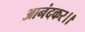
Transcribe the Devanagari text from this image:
आनंदकर।।